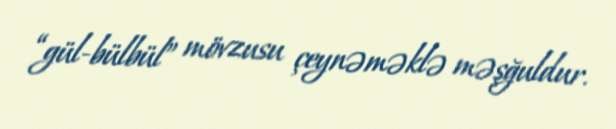
“gül-bülbül” mövzusu çeynəməklə məşğuldur.